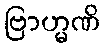
ဗြာဟ္မဏိ